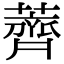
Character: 薺